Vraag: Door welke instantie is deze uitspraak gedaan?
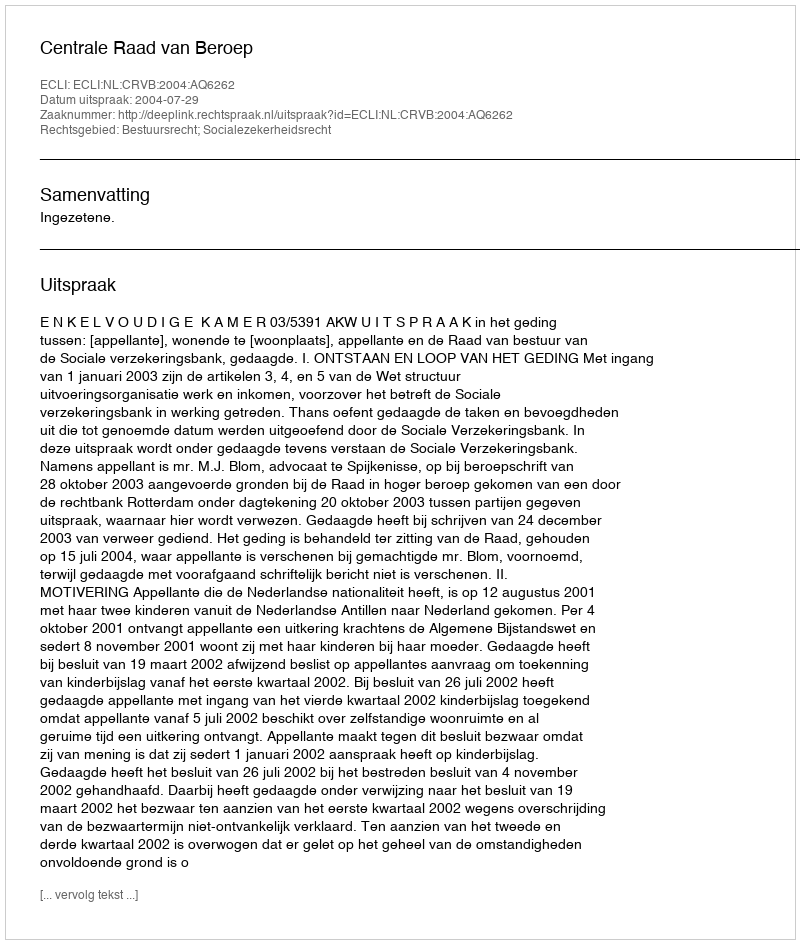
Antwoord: Centrale Raad van Beroep